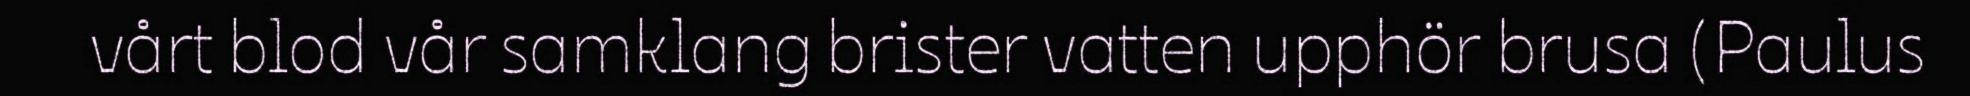
vårt blod vår samklang brister vatten upphör brusa (Paulus